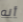
أنه